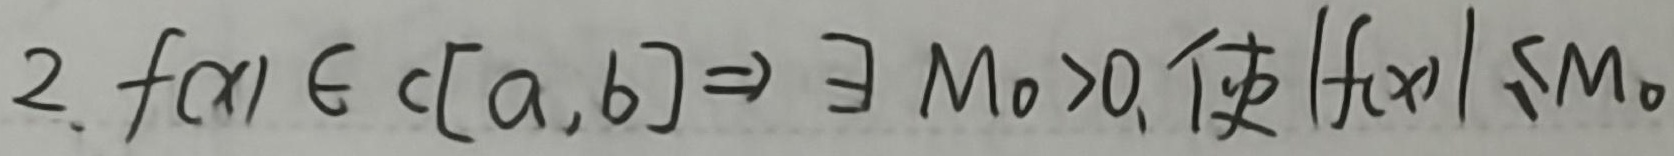
2. $f(x)\in C[a,b]\Rightarrow\exists M_0 > 0, 使|f(x)|\leq M_0$